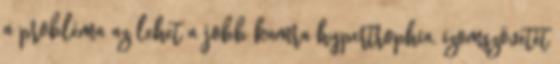
a probléma az lehet a jobb kamra hypertrophia, izomszövetét